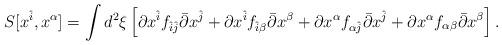
LaTeX: \begin{align*}S[x^{\hat{i}},x^{\alpha}]=\int d^{2}\xi\left[\partial x^{\hat{i}}f_{\hat{i}\hat{j}}\bar{\partial}x^{\hat{j}}+\partial x^{\hat{i}}f_{\hat{i}\beta}\bar{\partial}x^{\beta}+\partial x^{\alpha}f_{\alpha\hat{j}}\bar{\partial}x^{\hat{j}}+\partial x^{\alpha}f_{\alpha\beta}\bar{\partial}x^{\beta}\right].\end{align*}